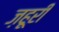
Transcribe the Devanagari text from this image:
ज़हूरी